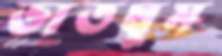
ভাতঘুম